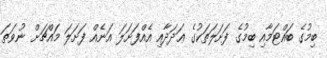
ބިމުގެ ބައްޓަމާއި ބިމުގެ ފަށަލަތަކުގެ ޢަދަދާއި އެއްފަށަލަ އަނެއް ފަށަލަ މައްޗަށް ނުވަތަ